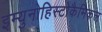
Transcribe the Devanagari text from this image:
इम्युनोहिस्टोकैमिकल